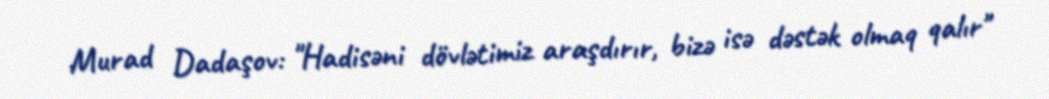
Murad Dadaşov: "Hadisəni dövlətimiz araşdırır, bizə isə dəstək olmaq qalır"